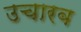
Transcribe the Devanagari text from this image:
उचारब